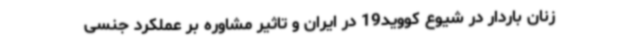
زنان باردار در شیوع کووید19 در ایران و تاثیر مشاوره بر عملکرد جنسی